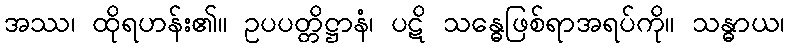
အဿ၊ ထိုရဟန်း၏။ ဥပပတ္တိဋ္ဌာနံ၊ ပဋိ သန္ဓေဖြစ်ရာအရပ်ကို။ သန္ဓာယ၊